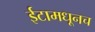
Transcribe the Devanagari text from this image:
ईटामधूनच